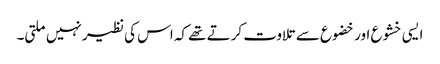
ایسی خشوع اور خضوع سے تلاوت کرتے تھے کہ اس کی نظیر نہیں ملتی۔